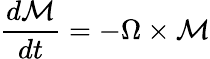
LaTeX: \frac{d\mathcal{M}}{dt}=-\Omega\times\mathcal{M}